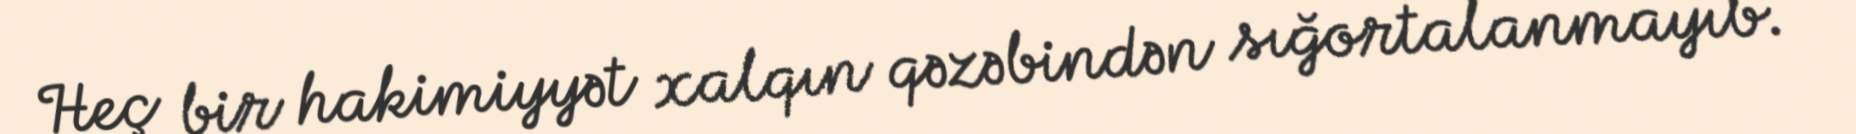
Heç bir hakimiyyət xalqın qəzəbindən sığortalanmayıb.